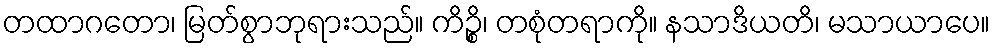
တထာဂတော၊ မြတ်စွာဘုရားသည်။ ကိဉ္စိ၊ တစုံတရာကို။ နသာဒိယတိ၊ မသာယာပေ။